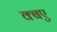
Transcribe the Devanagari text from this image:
क्बए